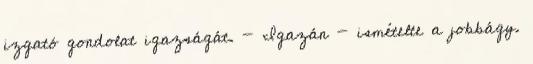
izgató gondolat igazságát. - Igazán - ismételte a jobbágy.